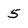
Character: 5